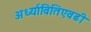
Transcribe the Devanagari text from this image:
अर्ध्यावितिएवढी